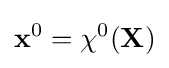
{\bf {x}}^{0}=\chi ^{0}({\bf {X}})